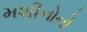
મશીનોનો